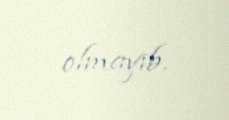
olmayıb.